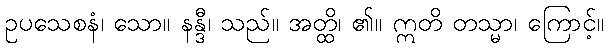
ဥပသေစနံ၊ သော။ နန္ဒီ၊ သည်။ အတ္ထိ၊ ၏။ ဣတိ တသ္မာ၊ ကြောင့်။